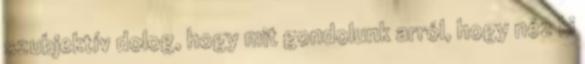
szubjektív dolog, hogy mit gondolunk arról, hogy néz ki